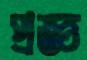
প্রজ্ঞ